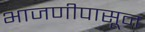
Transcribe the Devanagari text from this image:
भाजणीपासून